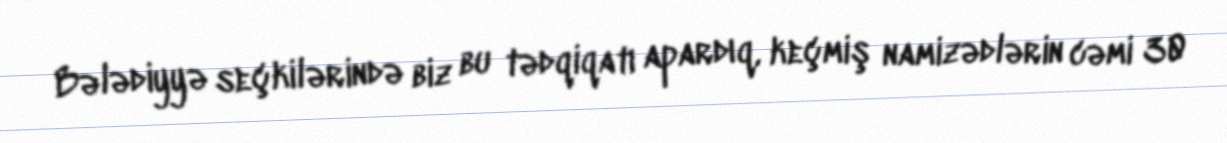
Bələdiyyə seçkilərində biz bu tədqiqatı apardıq, keçmiş namizədlərin cəmi 30